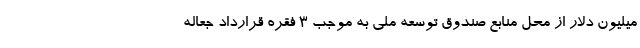
میلیون دلار از محل منابع صندوق توسعه ملی به موجب 3 فقره قرارداد جعاله